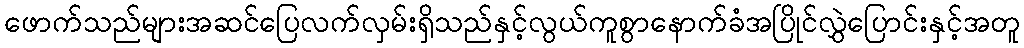
ဖောက်သည်များအဆင်ပြေလက်လှမ်းရှိသည်နှင့်လွယ်ကူစွာနောက်ခံအပြိုင်လွှဲပြောင်းနှင့်အတူ